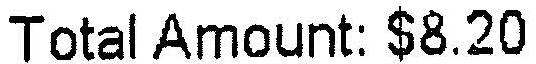
TOTAL AMOUNT: $8.20